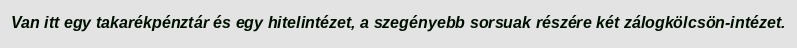
Van itt egy takarékpénztár és egy hitelintézet, a szegényebb sorsuak részére két zálogkölcsön-intézet.